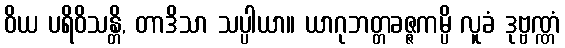
ဝိယ ပရိဝိသန္တိ, တာဒိသာ သပ္ပါယာ။ ယာဂုဘတ္တခဇ္ဇကမ္ပိ လူခံ ဒုဗ္ဗဏ္ဏံ